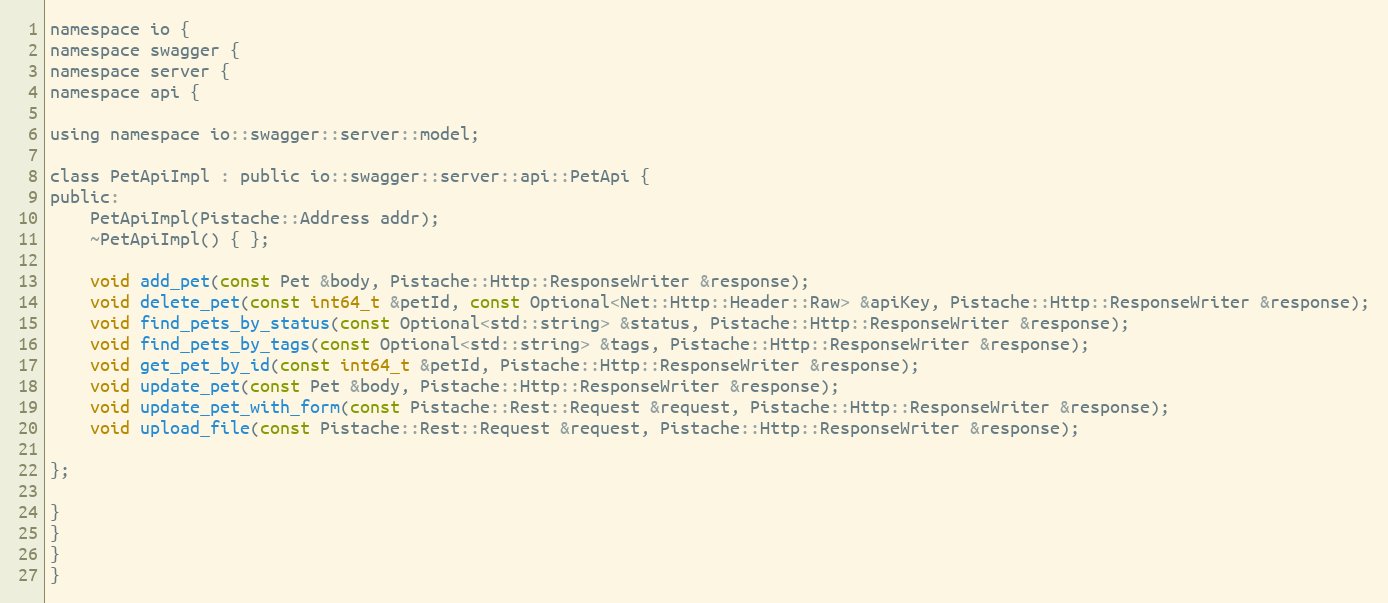
Language: C
namespace io {
namespace swagger {
namespace server {
namespace api {

using namespace io::swagger::server::model;

class PetApiImpl : public io::swagger::server::api::PetApi {
public:
    PetApiImpl(Pistache::Address addr);
    ~PetApiImpl() { };

    void add_pet(const Pet &body, Pistache::Http::ResponseWriter &response);
    void delete_pet(const int64_t &petId, const Optional<Net::Http::Header::Raw> &apiKey, Pistache::Http::ResponseWriter &response);
    void find_pets_by_status(const Optional<std::string> &status, Pistache::Http::ResponseWriter &response);
    void find_pets_by_tags(const Optional<std::string> &tags, Pistache::Http::ResponseWriter &response);
    void get_pet_by_id(const int64_t &petId, Pistache::Http::ResponseWriter &response);
    void update_pet(const Pet &body, Pistache::Http::ResponseWriter &response);
    void update_pet_with_form(const Pistache::Rest::Request &request, Pistache::Http::ResponseWriter &response);
    void upload_file(const Pistache::Rest::Request &request, Pistache::Http::ResponseWriter &response);

};

}
}
}
}